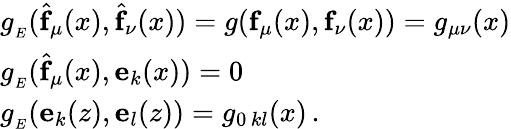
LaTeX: \begin{array}{ll}{{g_{_E}(\widehat{\mathbf{f}}_{\mu}(x),\widehat{\mathbf{f}}_{\nu}(x))=g(\mathbf{f}_{\mu}(x),\mathbf{f}_{\nu}(x))=g_{\mu\nu}(x)}}\\ {{g_{_E}(\widehat{\mathbf{f}}_{\mu}(x),\mathbf{e}_{k}(x))=0}}\\ {{g_{_E}(\mathbf{e}_{k}(z),\mathbf{e}_{l}(z))=g_{0\, kl}(x)\, .}}\end{array}